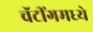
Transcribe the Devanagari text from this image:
चॅटींगमध्ये